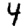
Digit: 4